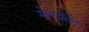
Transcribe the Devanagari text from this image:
मेत्सत्लि